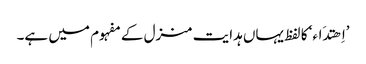
’اِھتدَاء‘ کا لفظ یہاں ہدایت منزل کے مفہوم میں ہے۔